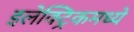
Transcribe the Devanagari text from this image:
इलेक्ट्रिकमध्ये